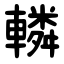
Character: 轔